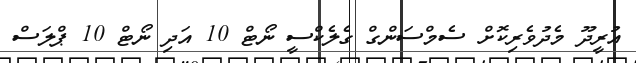
އުރީދޫ މެދުވެރިކޮށް ސެމްސަންގް ގެލެކްސީ ނޯޓް 10 އަދި ނޯޓް 10 ޕްލަސް